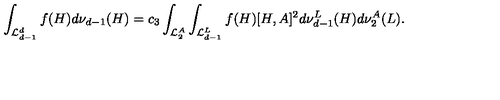
\int _ { { \cal L } _ { d - 1 } ^ { d } } f ( H ) d \nu _ { d - 1 } ( H ) = c _ { 3 } \int _ { { \cal L } _ { 2 } ^ { A } } \int _ { { \cal L } _ { d - 1 } ^ { L } } f ( H ) [ H , A ] ^ { 2 } d \nu _ { d - 1 } ^ { L } ( H ) d \nu _ { 2 } ^ { A } ( L ) .